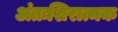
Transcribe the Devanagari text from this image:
अंतःशिरात्मक